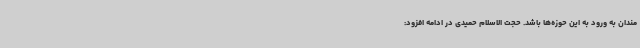
مندان به ورود به این حوزه‌ها باشد. حجت الاسلام حمیدی در ادامه افزود: